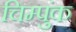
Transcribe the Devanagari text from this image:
चिम्पुंक